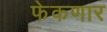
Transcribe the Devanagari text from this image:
फेकणार